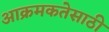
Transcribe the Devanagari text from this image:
आक्रमकतेसाठी